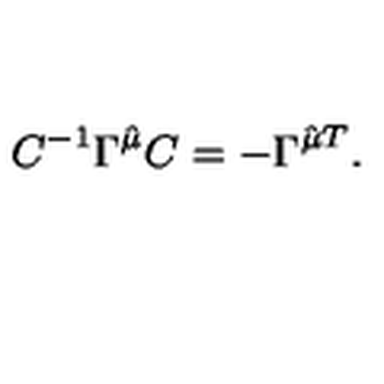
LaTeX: C ^ { - 1 } \Gamma ^ { \hat { \mu } } C = - \Gamma ^ { \hat { \mu } T } .